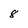
Character: 8